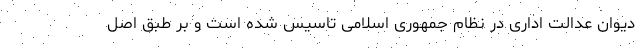
دیوان عدالت اداری در نظام جمهوری اسلامی تاسیس شده است و بر طبق اصل‌